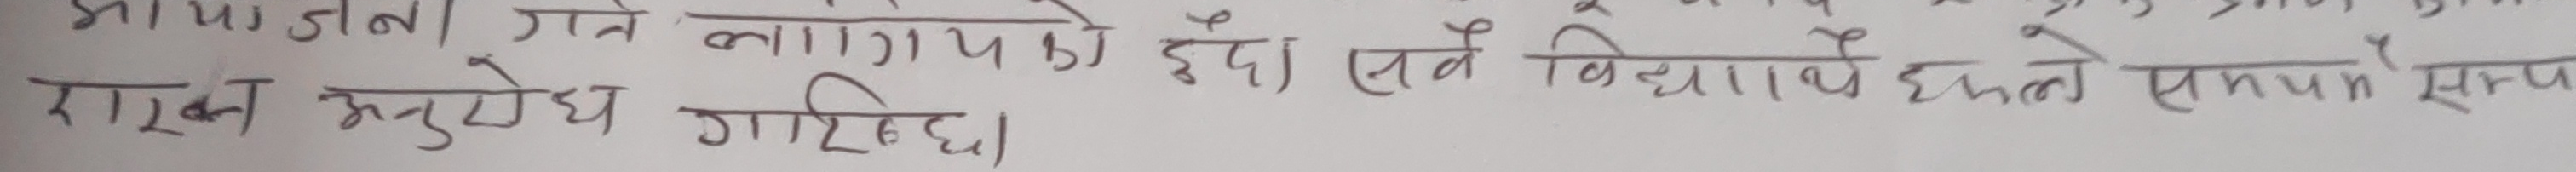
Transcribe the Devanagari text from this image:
मापन गर्न लगाइएका ईदा। सबै विद्यार्थीहरुले समय सम्प राख्न अनुरोध गरिन्छ।